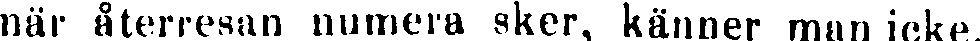
när återresan numera sker, känner man icke.